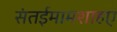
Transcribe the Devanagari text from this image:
संतईमामशाहए